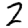
Digit: 2